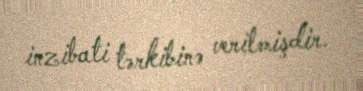
inzibati tərkibinə verilmişdir.